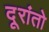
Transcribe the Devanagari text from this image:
दूरांतो